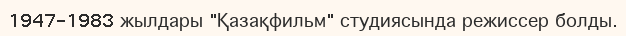
1947-1983 жылдары "Қазақфильм" студиясында режиссер болды.